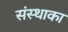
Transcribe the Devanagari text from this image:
संस्‍थाका